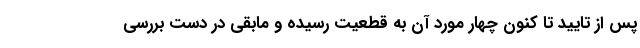
پس از تایید تا کنون چهار مورد آن به قطعیت رسیده و مابقی در دست بررسی